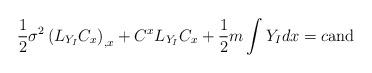
LaTeX: \begin{align*}\frac{1}{2}\sigma ^{2}\left( L_{Y_{I}}C_{x}\right) _{,x}+C^{x}L_{Y_{I}}C_{x}+\frac{1}{2}m\int Y_{I}dx=c \mbox{\rm and} \end{align*}